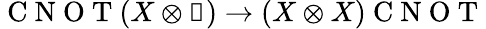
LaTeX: \mathrm{~C~N~O~T~}(X\otimes\mathbb{1})\to(X\otimes X)\mathrm{~C~N~O~T~}